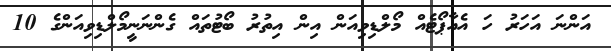
އަންނަ އަހަރު ހަ އެއާޕޯޓެއް މޯލްޑިވިއަން އިން އިތުރު ބޯޓުތައް ގެންނަނީމޯލްޑިވިއަންގެ 10